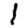
Digit: 1